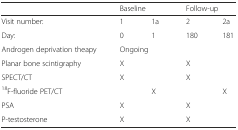
|  | <COLSPAN=2> Baseline | <COLSPAN=2> Follow-up |
 | --- | --- | --- | --- | --- |
 | Visit number: | 1 | 1a | 2 | 2a |
 | Day: | 0 | 1 | 180 | 181 |
 | Androgen deprivation theapy | <COLSPAN=4> Ongoing |
 | Planar bone scintigraphy | X |  | X |  |
 | SPECT/CT | X |  | X |  |
 | 18F-fluoride PET/CT |  | X |  | X |
 | PSA | <COLSPAN=2> X | <COLSPAN=2> X |
 | P-testosterone | <COLSPAN=2> X | <COLSPAN=2> X |